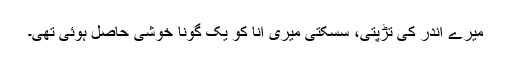
میرے اندر کی تڑپتی، سسکتی میری انا کو یک گونا خوشی حاصل ہوئی تھی۔